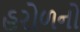
હરોળનો